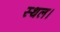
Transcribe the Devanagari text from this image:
स्‍थल।